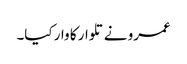
عمرو نے تلوار کا وار کیا۔